65_HS1-834228961_62-HQ-83894_Section_5
Agency: FBI
Page 34
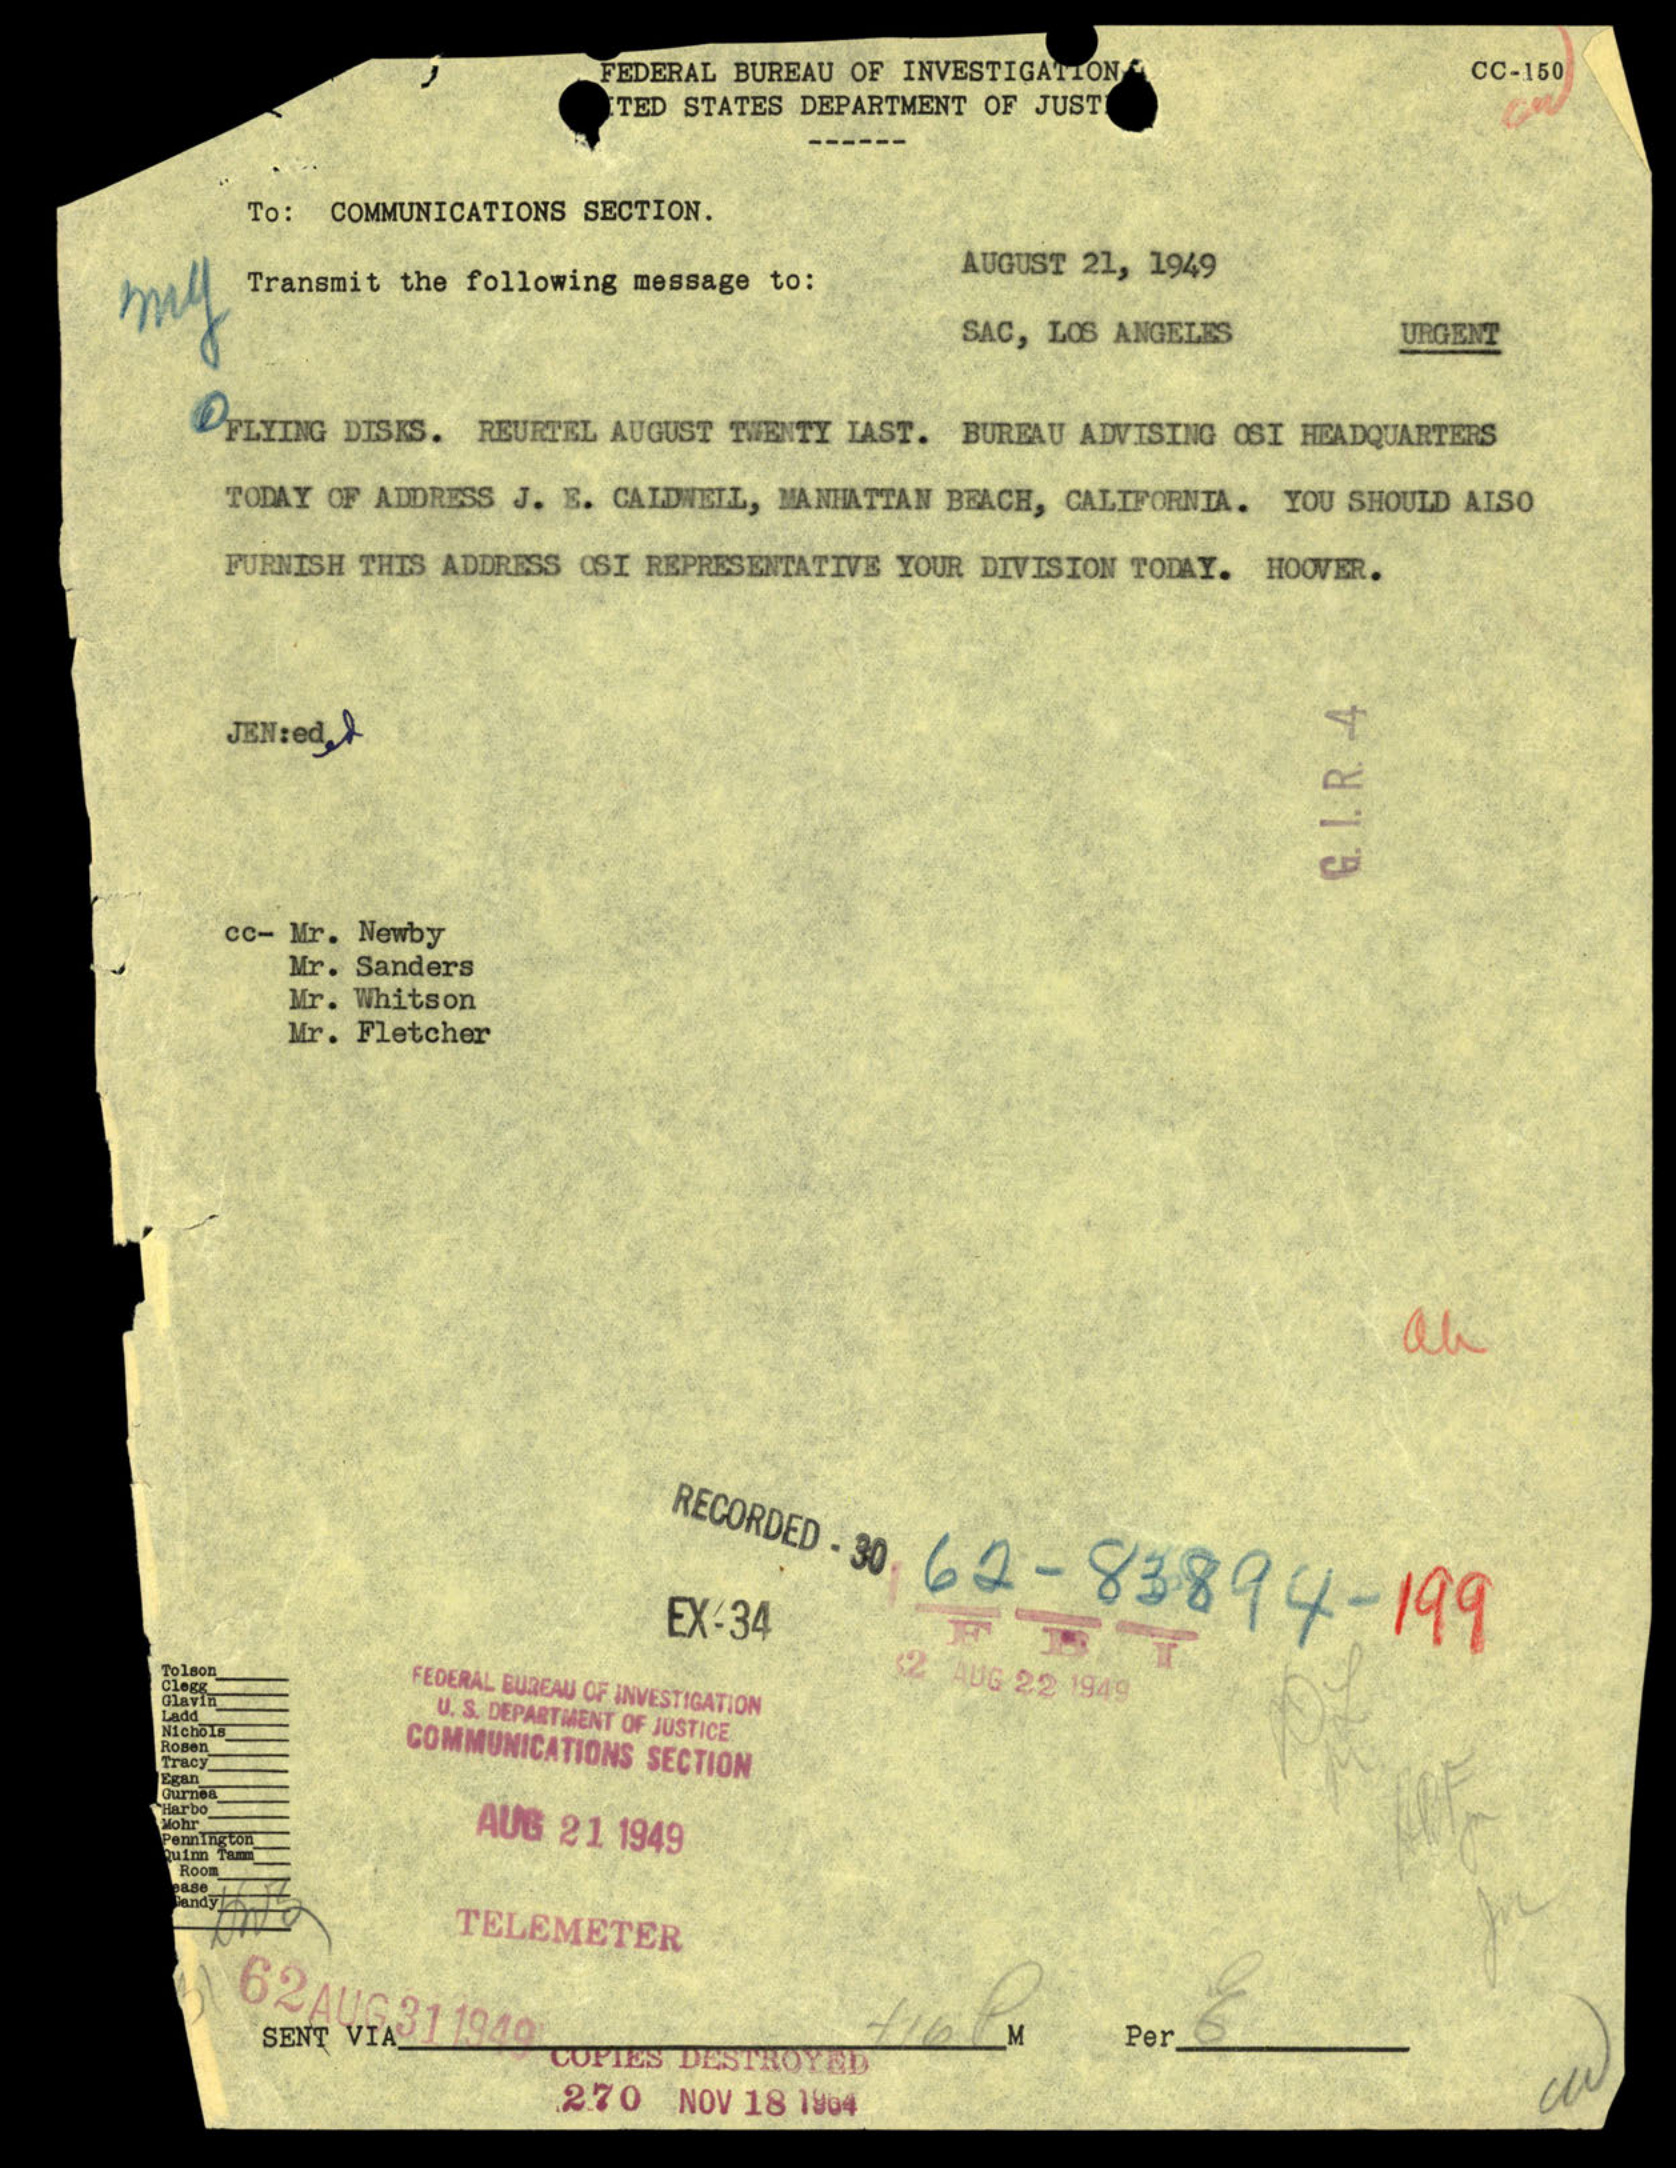